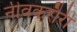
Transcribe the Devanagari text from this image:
नीवकरौरी